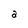
Character: a